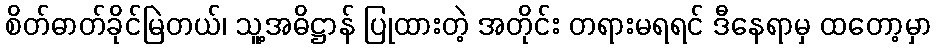
စိတ်ဓာတ်ခိုင်မြဲတယ်၊ သူ့အဓိဋ္ဌာန် ပြုထားတဲ့ အတိုင်း တရားမရရင် ဒီနေရာမှ ထတော့မှာ